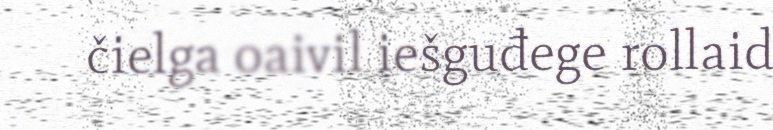
čielga oaivil iešguđege rollaid